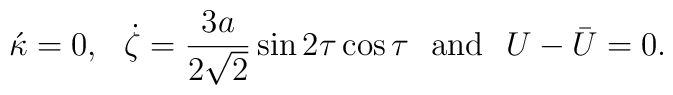
\acute{\kappa} = 0,\,\,\,\, \dot{\zeta} =\frac{3a}{2\sqrt{2}}\sin2\tau\cos\tau \,\,\,\,\mbox{and}\,\,\,\, U- \bar{U} = 0.